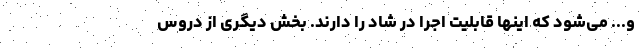
و... می‌شود که اینها قابلیت اجرا در شاد را دارند. بخش دیگری از دروس